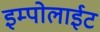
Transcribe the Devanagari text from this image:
इम्पोलाईट